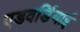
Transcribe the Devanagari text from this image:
एडवर्डियाई